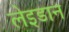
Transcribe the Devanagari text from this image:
लेइडान